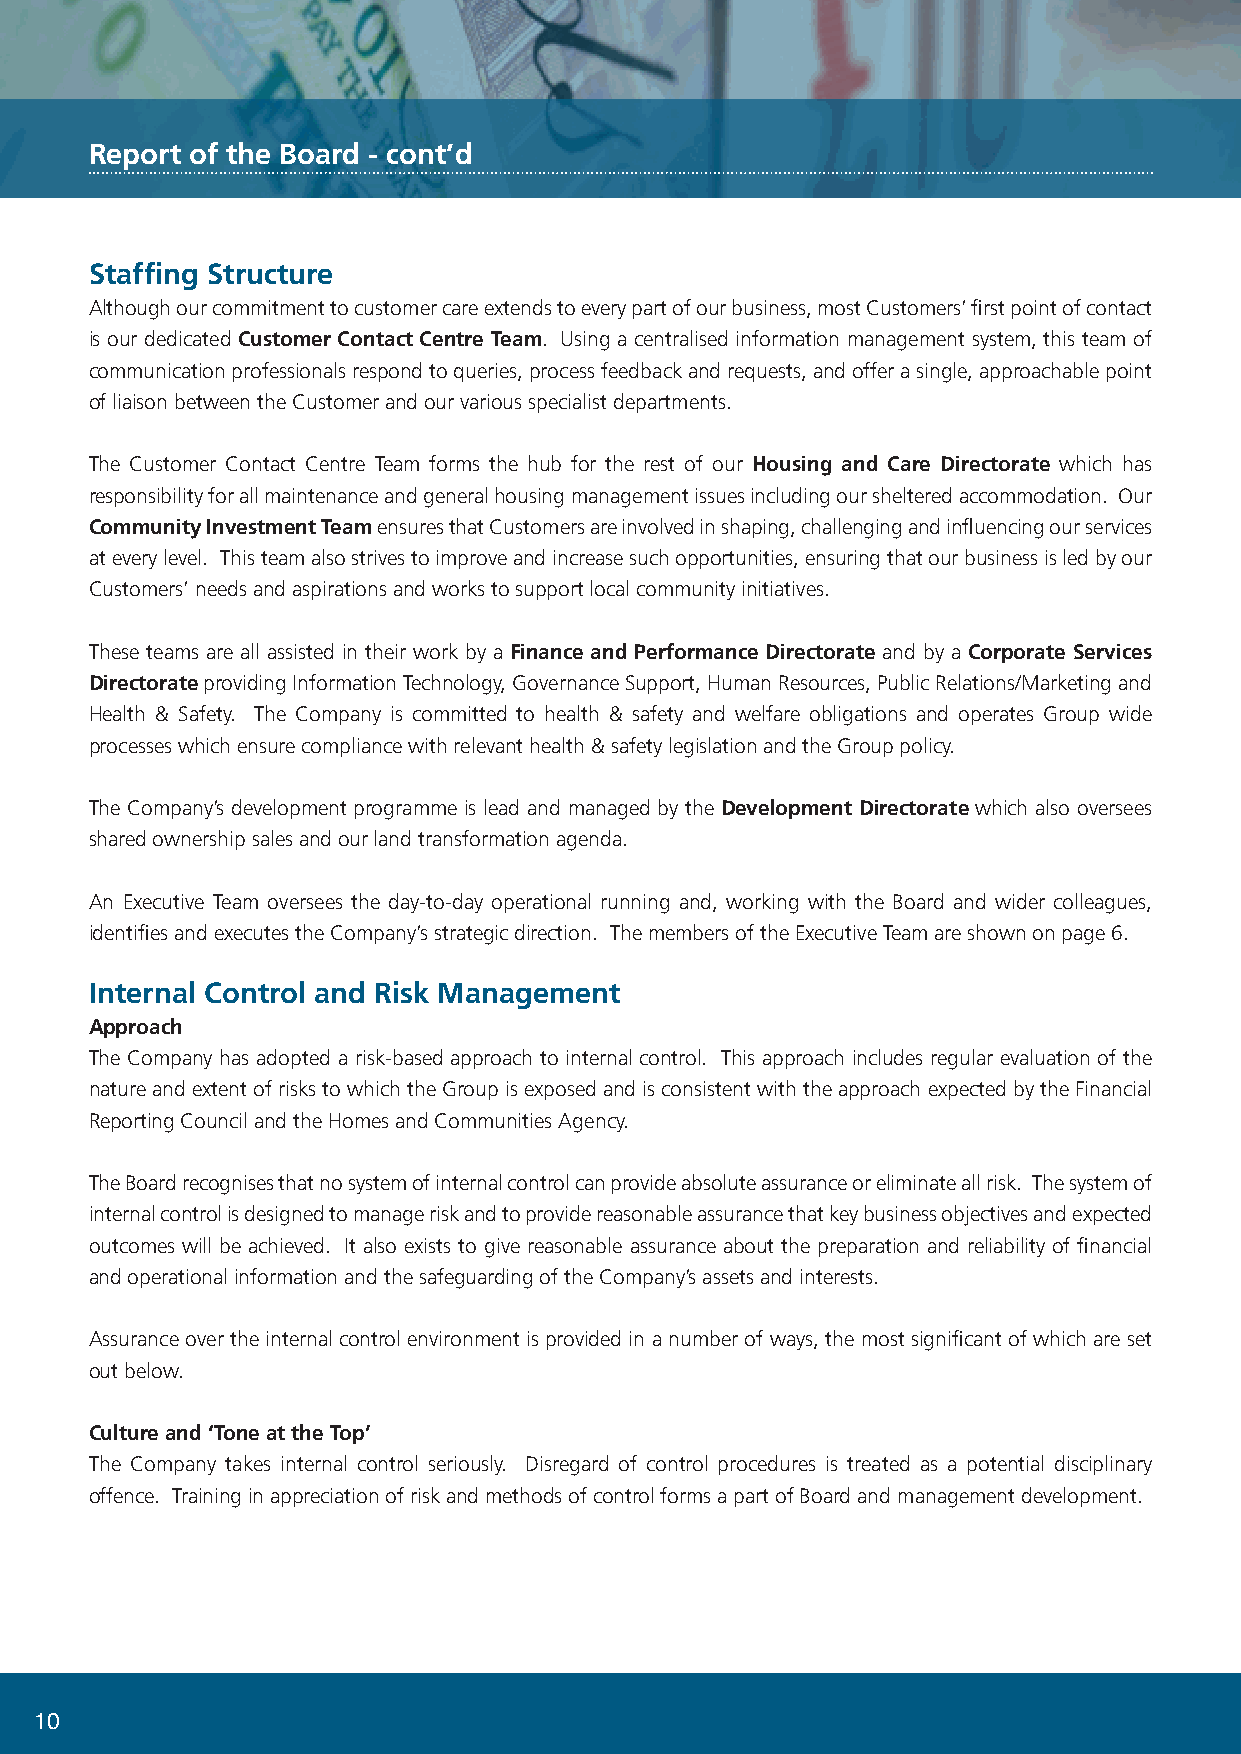
Report of the Board - cont’d
 Staffing Structure
 Although our commitment to customer care extends to every part of our business, most Customers’ first point of contact
 is our dedicated Customer Contact Centre Team. Using a centralised information management system, this team of
 communication professionals respond to queries, process feedback and requests, and offer a single, approachable point
 of liaison between the Customer and our various specialist departments.
 The Customer Contact Centre Team forms the hub for the rest of our Housing and Care Directorate which has
 responsibility for all maintenance and general housing management issues including our sheltered accommodation. Our
 Community Investment Team ensures that Customers are involved in shaping, challenging and influencing our services
 at every level. This team also strives to improve and increase such opportunities, ensuring that our business is led by our
 Customers’ needs and aspirations and works to support local community initiatives.
 These teams are all assisted in their work by a Finance and Performance Directorate and by a Corporate Services
 Directorate providing Information Technology, Governance Support, Human Resources, Public Relations/Marketing and
 Health & Safety. The Company is committed to health & safety and welfare obligations and operates Group wide
 processes which ensure compliance with relevant health & safety legislation and the Group policy.
 The Company’s development programme is lead and managed by the Development Directorate which also oversees
 shared ownership sales and our land transformation agenda.
 An Executive Team oversees the day-to-day operational running and, working with the Board and wider colleagues,
 identifies and executes the Company’s strategic direction. The members of the Executive Team are shown on page 6.
 Internal Control and Risk Management
 Approach
 The Company has adopted a risk-based approach to internal control. This approach includes regular evaluation of the
 nature and extent of risks to which the Group is exposed and is consistent with the approach expected by the Financial
 Reporting Council and the Homes and Communities Agency.
 The Board recognises that no system of internal control can provide absolute assurance or eliminate all risk. The system of
 internal control is designed to manage risk and to provide reasonable assurance that key business objectives and expected
 outcomes will be achieved. It also exists to give reasonable assurance about the preparation and reliability of financial
 and operational information and the safeguarding of the Company’s assets and interests.
 Assurance over the internal control environment is provided in a number of ways, the most significant of which are set
 out below.
 Culture and ‘Tone at the Top’
 The Company takes internal control seriously. Disregard of control procedures is treated as a potential disciplinary
 offence. Training in appreciation of risk and methods of control forms a part of Board and management development.
 10